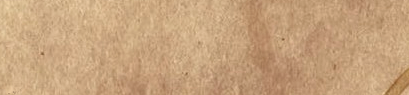
OPEN 24 HOURS